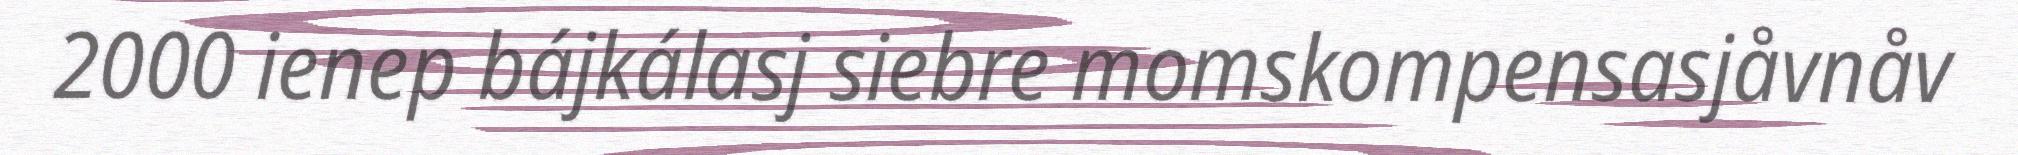
2000 ienep bájkálasj siebre momskompensasjåvnåv